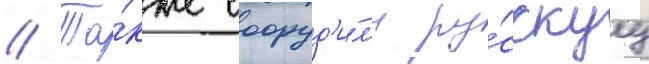
// Та́кже сооруд'и́л'и ру́сскуу